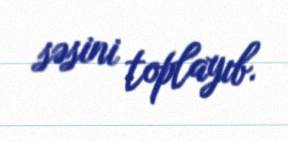
səsini toplayıb.